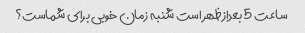
ساعت 5 بعدازظهر است شنبه زمان خوبی برای شماست؟